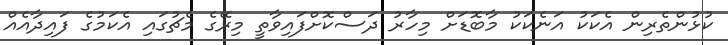
ކުޅުންތެރިން އެކަކު އަނެކަކު މާބޮޑަށް މިހާރު ދަސްކޮށްފައިވާތީ މިރޭގެ މެޗުގައި އެކަމުގެ ފައިދާއެއް